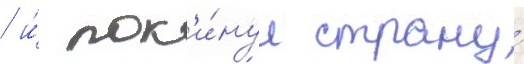
/ и́ пок'и́нул страну́